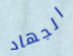
الجهاد